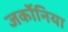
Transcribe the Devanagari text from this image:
जर्कोनिया